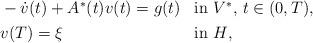
LaTeX: \begin{align*} \begin{aligned}&-\dot{v}(t) + A^*(t)v(t) = g(t) &&\mbox{in $V^*$, $t \in (0,T)$}, \\&v(T) = \xi &&\mbox{in $H$},\end{aligned}\end{align*}